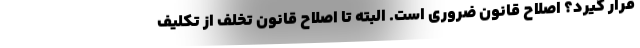
قرار گیرد؟ اصلاح قانون ضروری است. البته تا اصلاح قانون تخلف از تکلیف